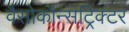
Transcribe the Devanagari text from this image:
वैसोकॉन्सट्रिक्टर